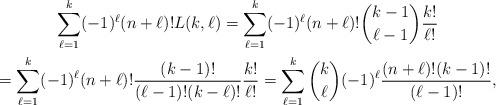
LaTeX: \begin{gather*}\sum_{\ell=1}^{k}(-1)^{\ell}(n+\ell)!L(k,\ell)=\sum_{\ell=1}^{k}(-1)^{\ell}(n+\ell)!\binom{k-1}{\ell-1}\frac{k!}{\ell!}\\=\sum_{\ell=1}^{k}(-1)^{\ell}(n+\ell)!\frac{(k-1)!}{(\ell-1)!(k-\ell)!}\frac{k!}{\ell!}=\sum_{\ell=1}^{k}\binom{k}{\ell}(-1)^{\ell}\frac{(n+\ell)!(k-1)!}{(\ell-1)!},\end{gather*}